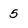
Character: 5